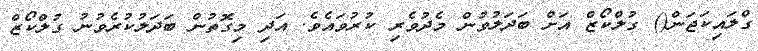
ގްލައިކަޖަން() ގުލްކޯޒް އަށް ބަދަލުވުން މެދުވެރި ކުރުވައެވެ. އަދި މިގޮތުން ބަދަލުކުރެވުނު ގުލްކޯޒް